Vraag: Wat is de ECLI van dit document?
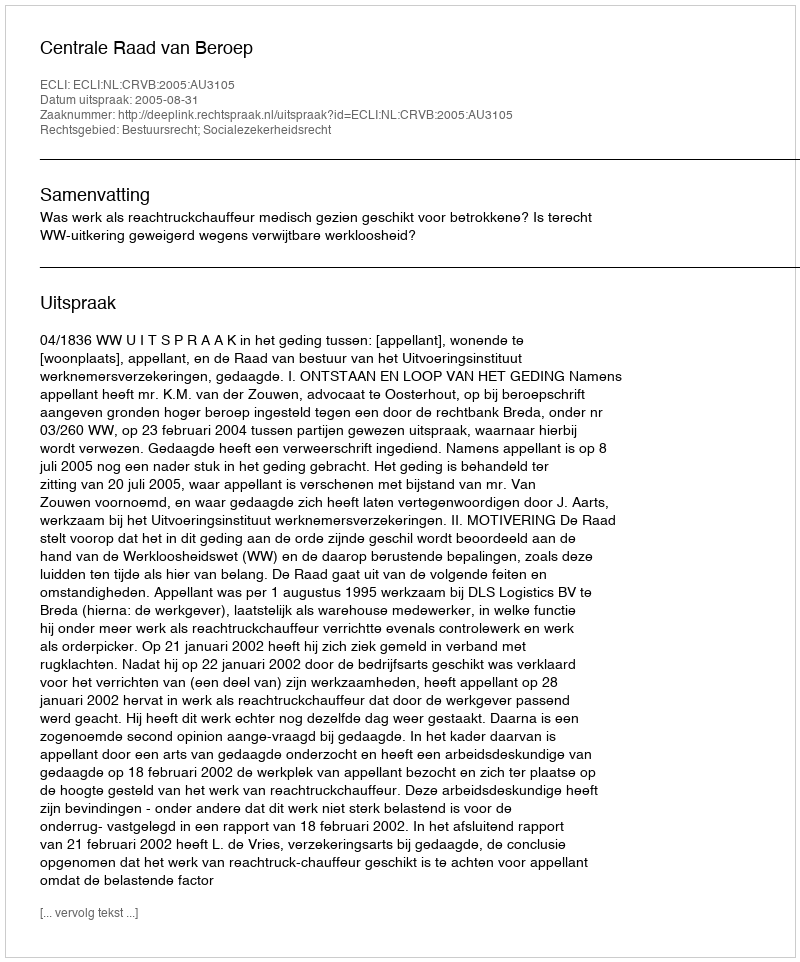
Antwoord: ECLI:NL:CRVB:2005:AU3105